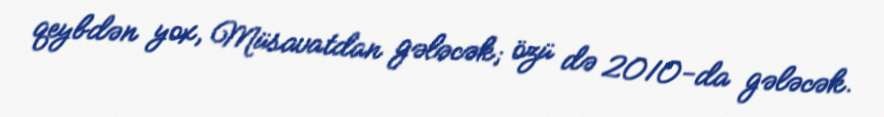
qeybdən yox, Müsavatdan gələcək; özü də 2010-da gələcək.